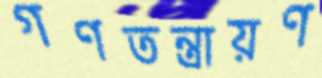
গণতন্ত্রায়ণ